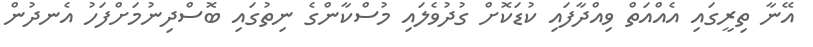
އޭނާ ތިރީގައި އެއްއަތް ވިއްދާފައި ކުޑަކޮށް ގުދުވެލައި މުސްކާންގެ ނިތުގައި ބޮސްދިނުމަށްފަހު އެނދުން